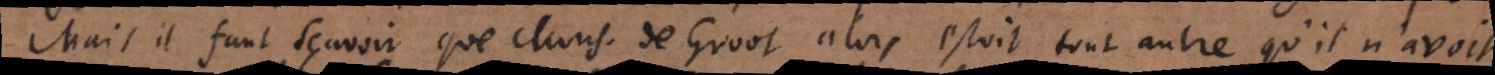
Mais il faut sçavoir que Mons. de Groot alors etoit tout autre qu’il n’avoit